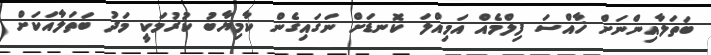
ބަތަލާއިންނަށް ޚާއްސަ ފިލްމެއް އަމިއްލަ ކޮނޑަށް ނަގައިގެން ކާމިޔާބު ކުރުމަކީ މަދު ބަތަލާއަކަށް